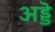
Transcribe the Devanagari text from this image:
अड्डॆ